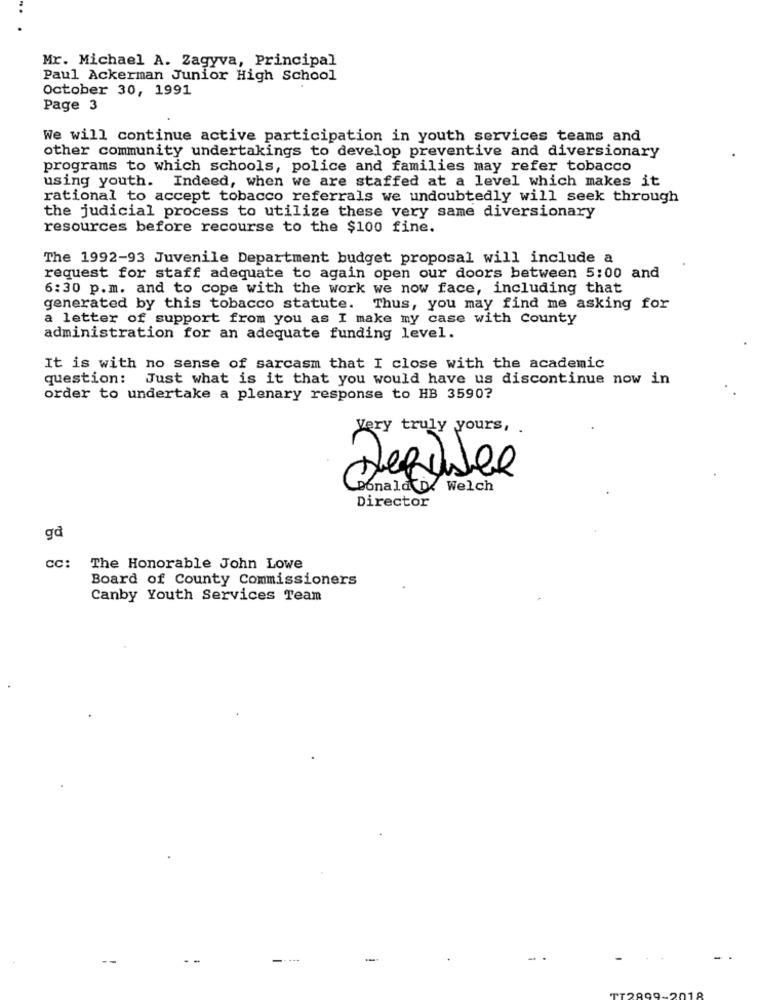
Mr. Michael A. Zagyva, Principal
Paul Ackerman Junior High School
October 30, 1991
Page 3
We will continue active participation in youth services teams and
other community undertakings to develop preventive and diversionary
programs to which schools, police and families may refer tobacco
using youth. Indeed, when we are staffed at a level which makes it
rational to accept tobacco referrals we undoubtedly will seek through
the judicial process to utilize these very same diversionary
resources before recourse to the $100 fine.
The 1992-93 Juvenile Department budget proposal will include a
request for staff adequate to again open our doors between 5:00 and
6:30 p.m. and to cope with the work we now face, including that
generated by this tobacco statute.
Thus, you may find me asking for
a letter of support from you as I make my case with County
administration for an adequate funding level.
It is with no sense of sarcasm that I close with the academic
question:
Just what is it that you would have us discontinue now in
order to undertake a plenary response to HB 3590?
Very truly yours,
0
Donald De Welch
Director
gd
CC:
The Honorable John Lowe
Board of County Commissioners
Canby Youth Services Team
-